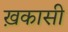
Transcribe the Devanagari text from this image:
ख़कासी